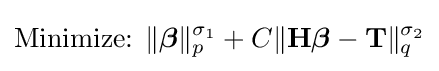
{\text{Minimize: }}\|{\boldsymbol {\beta }}\|_{p}^{\sigma _{1}}+C\|{\bf {H}}{\boldsymbol {\beta }}-{\bf {T}}\|_{q}^{\sigma _{2}}